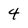
Character: 4